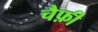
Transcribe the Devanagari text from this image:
चैफ़ी